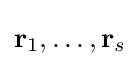
\mathbf {r} _{1},\dots ,\mathbf {r} _{s}